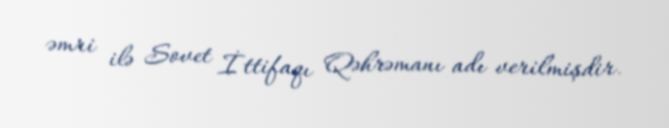
əmri ilə Sovet İttifaqı Qəhrəmanı adı verilmişdir.